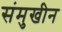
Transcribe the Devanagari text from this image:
संमुखीन